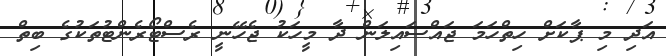
އަދި މި ޕާކަށް ހިތްހަމަ ޖައްސައިލަން ދާ މީހަކު ޖެހޭނީ ރެސްޓޯރެންޓުތަކުގެ ބިތް